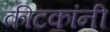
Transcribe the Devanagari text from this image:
कीटकांनी